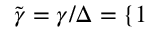
\tilde { \gamma } = \gamma / \Delta = \{ 1